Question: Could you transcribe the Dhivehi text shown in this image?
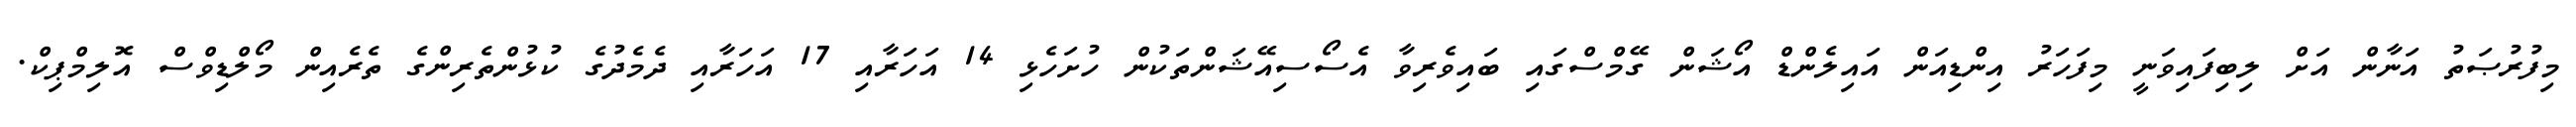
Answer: މިފުރުޞަތު އަނާން އަށް ލިބިފައިވަނީ މިފަހަރު އިންޑިއަން އައިލެންޑް އޯޝަން ގޭމްސްގައި ބައިވެރިވާ އެސޯސިއޭޝަންތަކުން ހުށަހެޅި 14 އަހަރާއި 17 އަހަރާއި ދެމެދުގެ ކުޅުންތެރިންގެ ތެރެއިން މޯލްޑިވްސް އޮލިމްޕިކް.